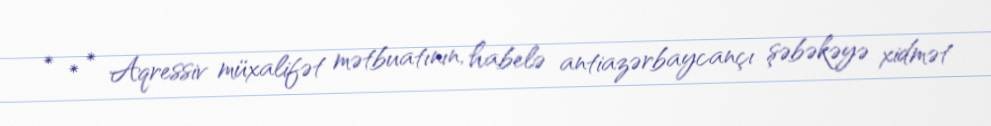
* * * Aqressiv müxalifət mətbuatının, habelə antiazərbaycançı şəbəkəyə xidmət